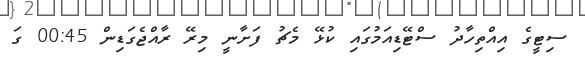
ސިޓީގެ އިއްތިހާދު ސްޓޭޑިއަމުގައި ކުޅޭ މެޗު ފަށާނީ މިރޭ ރާއްޖެގަޑިން 00:45 ގަ